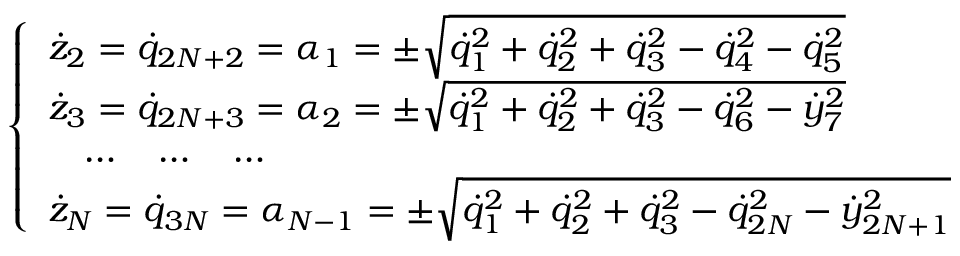
\left\{ \begin{array} { l } { { \dot { z } } _ { 2 } = { \dot { q } } _ { 2 N + 2 } = \alpha _ { 1 } = \pm \sqrt { { \dot { q } } _ { 1 } ^ { 2 } + { \dot { q } } _ { 2 } ^ { 2 } + { \dot { q } } _ { 3 } ^ { 2 } - { \dot { q } } _ { 4 } ^ { 2 } - { \dot { q } } _ { 5 } ^ { 2 } } } \\ { { \dot { z } } _ { 3 } = { \dot { q } } _ { 2 N + 3 } = \alpha _ { 2 } = \pm \sqrt { { \dot { q } } _ { 1 } ^ { 2 } + { \dot { q } } _ { 2 } ^ { 2 } + { \dot { q } } _ { 3 } ^ { 2 } - { \dot { q } } _ { 6 } ^ { 2 } - { \dot { y } } _ { 7 } ^ { 2 } } } \\ { \quad \dots \quad \dots \quad \dots } \\ { { \dot { z } } _ { N } = { \dot { q } } _ { 3 N } = \alpha _ { N - 1 } = \pm \sqrt { { \dot { q } } _ { 1 } ^ { 2 } + { \dot { q } } _ { 2 } ^ { 2 } + { \dot { q } } _ { 3 } ^ { 2 } - { \dot { q } } _ { 2 N } ^ { 2 } - { \dot { y } } _ { 2 N + 1 } ^ { 2 } } } \end{array} \right.